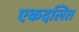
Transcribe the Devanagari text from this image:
एकदलित